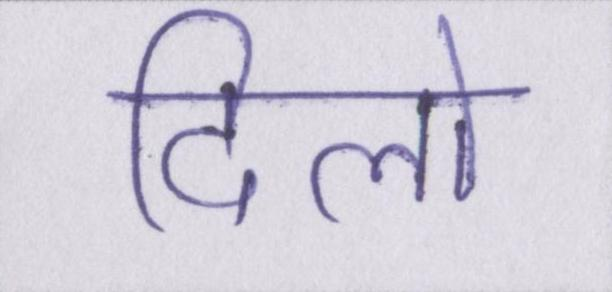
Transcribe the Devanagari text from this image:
दिलो